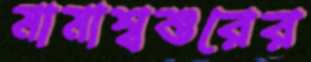
মামাশ্বশুরের